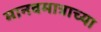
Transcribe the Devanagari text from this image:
मानवमात्राच्या